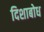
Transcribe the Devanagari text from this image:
दिशाबोध